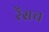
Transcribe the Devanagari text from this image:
रेंसच